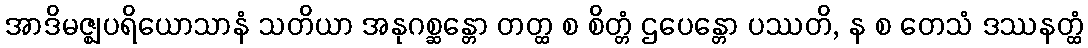
အာဒိမဇ္ဈပရိယောသာနံ သတိယာ အနုဂစ္ဆန္တော တတ္ထ စ စိတ္တံ ဌပေန္တော ပဿတိ, န စ တေသံ ဒဿနတ္ထံ